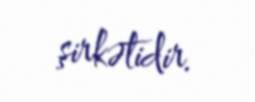
şirkətidir.